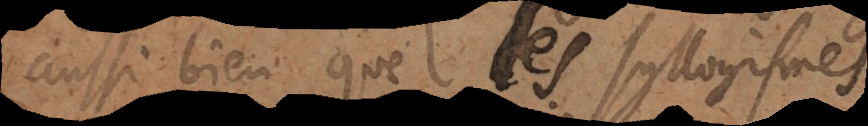
ussi bien que des syllogismes